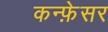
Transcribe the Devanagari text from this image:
कन्फ़ेसर